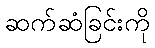
ဆက်ဆံခြင်းကို